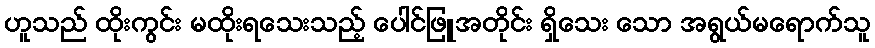
ဟူသည် ထိုးကွင်း မထိုးရသေးသည့် ပေါင်ဖြူအတိုင်း ရှိသေး သော အရွယ်မရောက်သူ